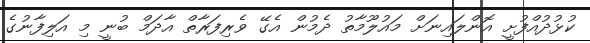
ކުޅުދުއްފުށީ އޮންލައިނަށް މައުލޫމާތު ދެމުން އެގޭ ވެރިފަރާތް އާދަމް ބުނީ މި އަލިފާނުގެ